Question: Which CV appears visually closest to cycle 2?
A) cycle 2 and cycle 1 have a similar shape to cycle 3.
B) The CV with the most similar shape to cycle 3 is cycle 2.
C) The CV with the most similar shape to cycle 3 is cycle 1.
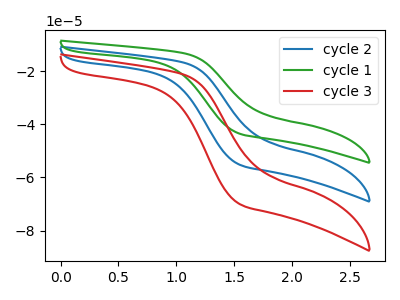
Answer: <think>The blue curve "cycle 2" has no peaks. The green curve "cycle 1" has no peaks. The red curve "cycle 3" has no peaks.
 Neither "cycle 2" or "cycle 1" have any peaks. Neither "cycle 2" or "cycle 3" have any peaks. Neither "cycle 1" or "cycle 3" have any peaks.</think>
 <answer>A) "cycle 2" and "cycle 1" have a similar shape to "cycle 3".</answer>
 <eval>A</eval>